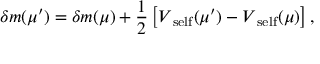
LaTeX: \delta m ( \mu ^ { \prime } ) = \delta m ( \mu ) + \frac { 1 } { 2 } \left[ V _ { \mathrm { \scriptsize ~ s e l f } } ( \mu ^ { \prime } ) - V _ { \mathrm { \scriptsize ~ s e l f } } ( \mu ) \right] ,